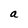
Character: a